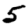
Digit: 5